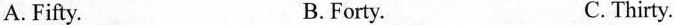
A.Fifty. B.Forty. C. Thirty.